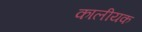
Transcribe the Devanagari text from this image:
कालीयक